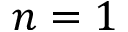
n = 1